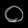
Digit: ၀